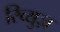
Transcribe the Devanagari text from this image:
रिव्युज़